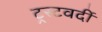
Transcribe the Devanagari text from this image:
ट्रस्टवर्दी